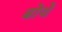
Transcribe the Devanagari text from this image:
बोथे